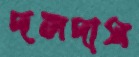
দলদাস